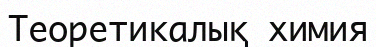
Теоретикалық химия